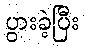
ပွားခဲ့ပြီး